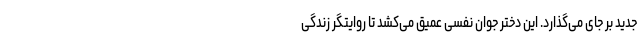
جدید بر جای می‌گذارد. این دختر جوان نفسی عمیق می‌کشد تا روایتگر زندگی